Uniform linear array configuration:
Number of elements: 8
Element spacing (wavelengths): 0.5
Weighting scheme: exponential
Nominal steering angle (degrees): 45
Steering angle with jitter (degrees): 43.168
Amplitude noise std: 0.05
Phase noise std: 0.05

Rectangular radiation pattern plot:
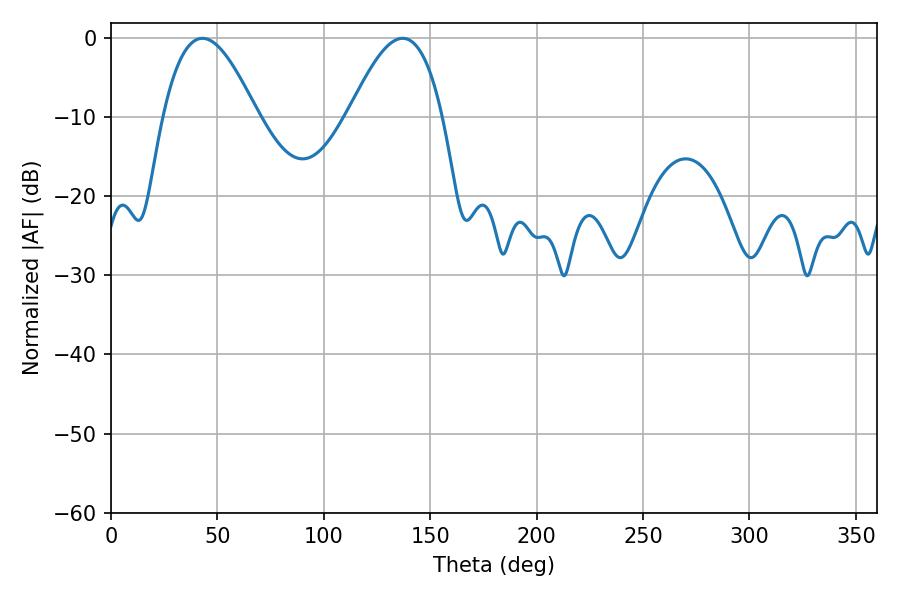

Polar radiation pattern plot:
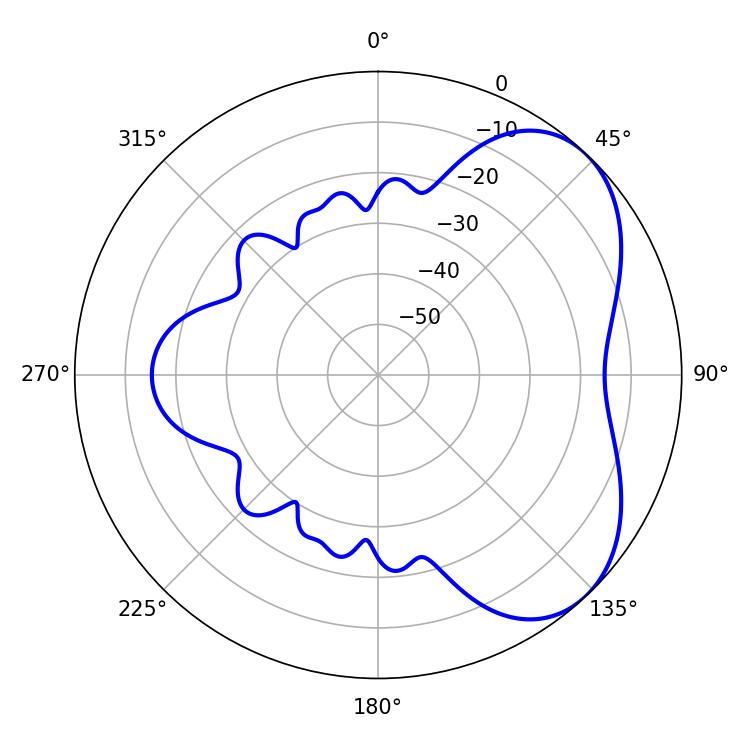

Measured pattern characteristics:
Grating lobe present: FALSE
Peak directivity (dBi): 4.957
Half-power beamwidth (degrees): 24.12
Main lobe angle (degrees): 43.02